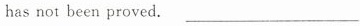
has not been proved. ___